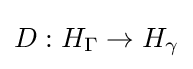
D:H_{\Gamma }\to H_{\gamma }